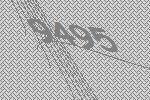
9495